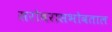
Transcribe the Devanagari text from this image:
सरोवरासभोवताल